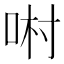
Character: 𠴘